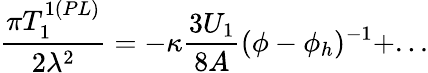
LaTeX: \frac{\pi T_{1}^{1(PL)}}{2\lambda^{2}}=-\kappa\frac{3U_{1}}{8A}(\phi-\phi_{h})^{-1}+...